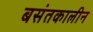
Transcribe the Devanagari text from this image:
बसंतकालीन